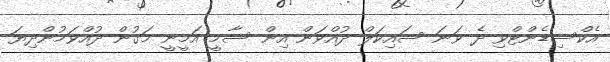
އެކްސިޑެންޓްވި ދެ ވަނަ ސައިކަލް ދުއްވަން އިން ސާމީ އަމީނީ މަގުން ދުއްވަމުންދިޔަ